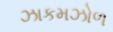
ઝાકમઝોળ